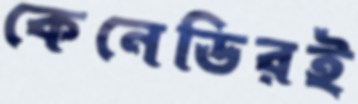
কেনেডিরই